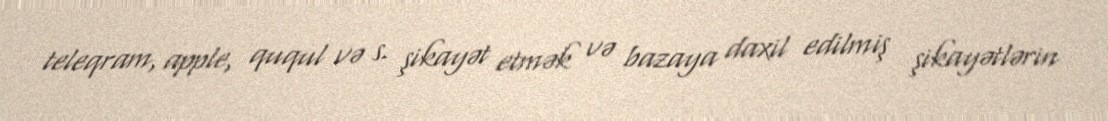
teleqram, apple, ququl və s. şikayət etmək və bazaya daxil edilmiş şikayətlərin